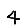
Digit: 4